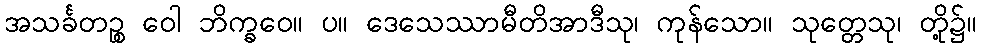
အသင်္ခတဉ္စ ဝေါ ဘိက္ခဝေ။ ပ။ ဒေသေဿာမီတိအာဒီသု၊ ကုန်သော။ သုတ္တေသု၊ တို့၌။